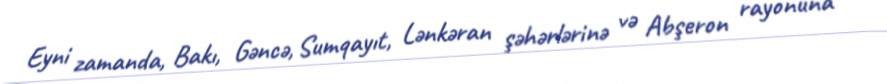
Eyni zamanda, Bakı, Gəncə, Sumqayıt, Lənkəran şəhərlərinə və Abşeron rayonuna